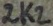
Text: 2K2